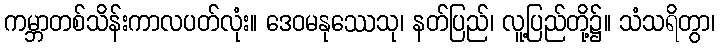
ကမ္ဘာတစ်သိန်းကာလပတ်လုံး။ ဒေဝမနုဿေသု၊ နတ်ပြည်၊ လူ့ပြည်တို့၌။ သံသရိတွာ၊